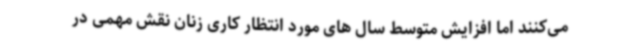
می‌کنند اما افزایش متوسط سال های مورد انتظار کاری زنان نقش مهمی در